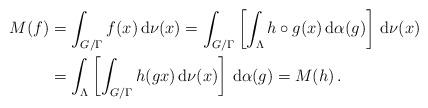
LaTeX: \begin{align*}M(f) & = \int_{G/\Gamma } f(x)\, {\mathrm{d}}\nu (x) = \int_{G/\Gamma }\left[\int_\Lambda h \circ g (x)\, {\mathrm{d}}\alpha (g)\right] \, {\mathrm{d}}\nu (x)\\ & = \int_\Lambda \left[\int_{G/\Gamma } h (g x)\, {\mathrm{d}}\nu (x)\right]\, {\mathrm{d}}\alpha (g) = M (h )\, . \end{align*}